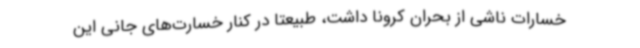
خسارات ناشی از بحران کرونا داشت، طبیعتا در کنار خسارت‌های جانی این